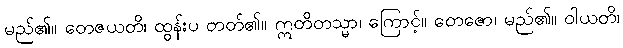
မည်၏။ တေဇယတိ၊ ထွန်းပ တတ်၏။ ဣတိတသ္မာ၊ ကြောင့်။ တေဇော၊ မည်၏။ ဝါယတိ၊